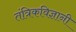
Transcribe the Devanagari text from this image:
तंत्रिकविज्ञानी